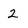
Character: 2